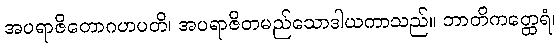
အပရာဇိတောဂဟပတိ၊ အပရာဇိတမည်သောဒါယကာသည်။ ဘာတိကတ္ထေရံ၊